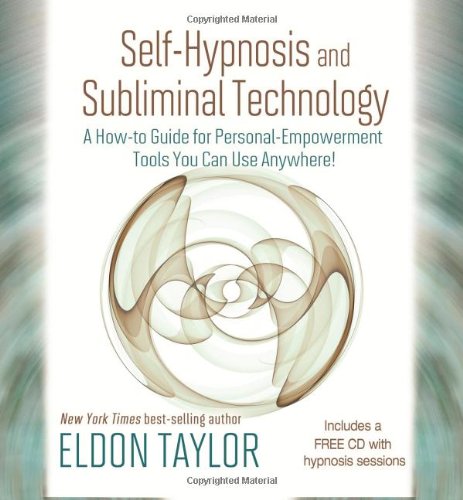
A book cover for Self-Hypnosis And Subliminal Technology: A How-to Guide for Personal-Empowerment Tools You Can Use Anywhere!; Eldon Taylor; Self-Help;